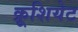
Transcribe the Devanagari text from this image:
क्रूशियेट